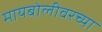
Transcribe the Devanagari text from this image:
मायबोलीवरच्या